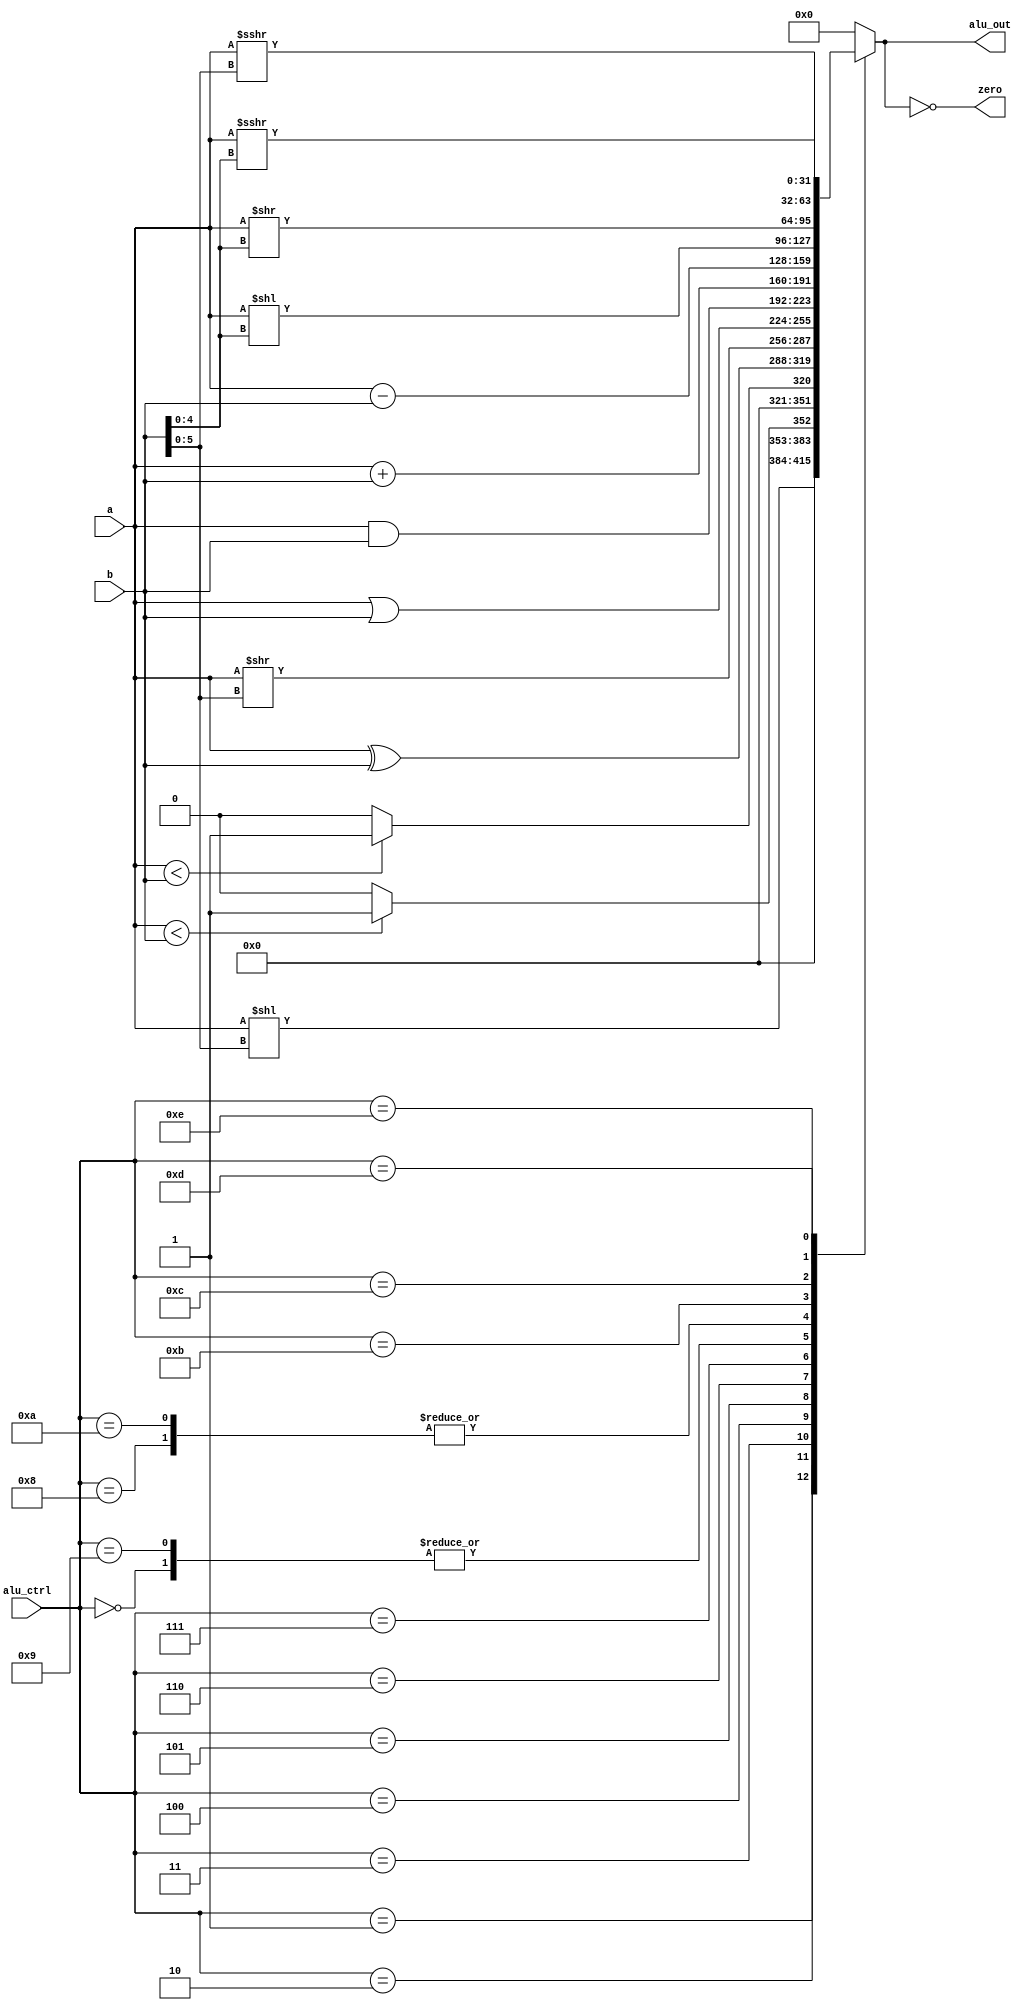
module riscv_alu #(
    parameter   WIDTH   = 32
) (
    input   signed	   [WIDTH-1:0]     a,
    input   signed	   [WIDTH-1:0]     b,
    input   	   	   [3:0]           alu_ctrl,   // {ainvert, bnegate, operation[1:0]}
    output reg signed  [WIDTH-1:0]     alu_out,
    output  	                   	   zero
);

	wire   [WIDTH-1:0]   ua;
	wire   [WIDTH-1:0]   ub;
	wire   [WIDTH-1:0]	 add_data;
	wire   [WIDTH-1:0]	 sub_data;
	wire   [31:0]		sllw_data;
	wire  signed [31:0]	sraw_data;
	wire   [31:0]		srlw_data;
	assign ua  =  a	 ;
	assign ub  =  b   ;
	assign add_data =  a + b;
	assign sub_data  =  a - b;
	assign sllw_data =a[31:0] << b[4:0];  	
	assign sraw_data =a[31:0];
	assign srlw_data =a[31:0]>> b[4:0];
    always@(*) begin
        case (alu_ctrl)
            4'b0000 :   alu_out = add_data ;								//add,addi
			4'b0001 :   alu_out = a << b[5:0];								//sll,slli
            4'b0010 :   alu_out = (a < b) ? 'd1 : 'd0;						//slt,slti
            4'b0011 :   alu_out = (ua < ub) ? 'd1 : 'd0;					//sltu,sltiu
			4'b0100	:	alu_out = a ^ b	;									//xor,xori
            4'b0101 :   alu_out = a >> b[5:0];								//srl,srli
            4'b0110 :   alu_out = a | b ; 									//or,ori
			4'b0111 :	alu_out = a & b ;									//and,andi
			4'b1000 :   alu_out = sub_data ;								//sub
			4'b1001 : 	alu_out = {{32{add_data[31]}},add_data[31:0]};		//addw,addiw
			4'b1010 :	alu_out = {{32{sub_data[31]}},sub_data[31:0]};		//subw
			4'b1011 :   alu_out = {{32{sllw_data[31]}},sllw_data};			//sllw,slliw
			4'b1100 :   alu_out = {{32{srlw_data[31]}},srlw_data};				//srlw,srliw
			4'b1101 :   alu_out = a >>> b[5:0];								//sra,srai
			4'b1110 :   alu_out = {{32{a[31]}},sraw_data >>>b[4:0]};		//sraw,sraiw							
            default :   alu_out = 'd0;
        endcase
    end

    assign zero = (alu_out == 'd0);

endmodule